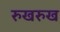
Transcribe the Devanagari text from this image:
रुखरुख